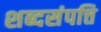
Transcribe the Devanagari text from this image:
शब्दसंपत्ति